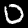
Digit: 0